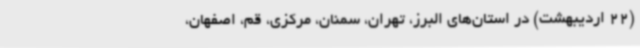
(22 اردیبهشت) در استان‌های البرز، تهران، سمنان، مرکزی، قم، اصفهان،